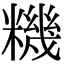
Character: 𥼘